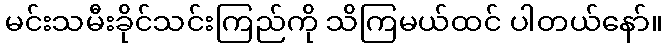
မင်းသမီးခိုင်သင်းကြည်ကို သိကြမယ်ထင် ပါတယ်နော်။